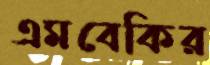
এমবেকির